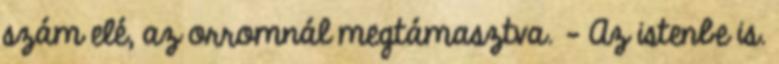
szám elé, az orromnál megtámasztva. - Az istenbe is.